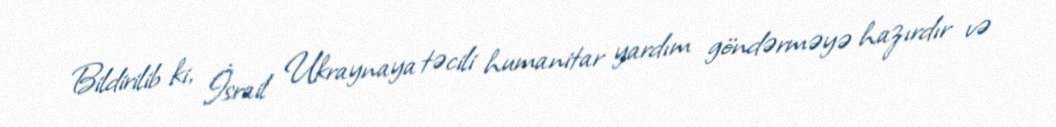
Bildirilib ki, İsrail Ukraynaya təcili humanitar yardım göndərməyə hazırdır və